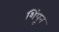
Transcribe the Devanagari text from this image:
शिंपून